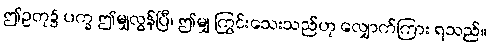
ဤဥတု၌ ပက္ခ ဤမျှလွန်ပြီ၊ ဤမျှ ကြွင်းသေးသည်ဟု လျှောက်ကြား ရသည်။